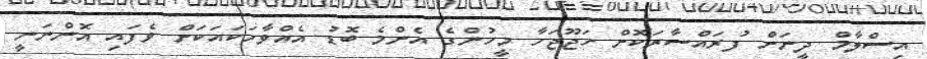
އިސްލާމް ދީނަށް ފުރައްސާރަކޮށް ހަޖޫޖަހާ މީހުންގެ އެންމެ ބޮޑު އެއްވާހަކައަކަށް ވެފައި އޮންނަނީ